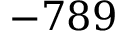
- 7 8 9